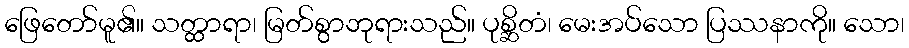
ဖြေတော်မူ၏။ သတ္ထာရာ၊ မြတ်စွာဘုရားသည်။ ပုစ္ဆိတံ၊ မေးအပ်သော ပြဿနာကို။ သော၊